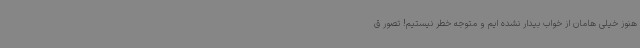
هنوز خیلی هامان از خواب بیدار نشده ایم و متوجه خطر نیستیم! تصور ق